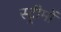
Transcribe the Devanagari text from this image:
स्ट्रीमों